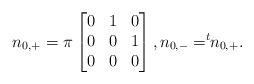
LaTeX: \begin{align*}n_{0,+}=\pi\begin{bmatrix} 0 &1 & 0\\ 0 & 0 &1\\ 0&0 &0\end{bmatrix}, n_{0,-}=^t\!\!n_{0,+}.\end{align*}